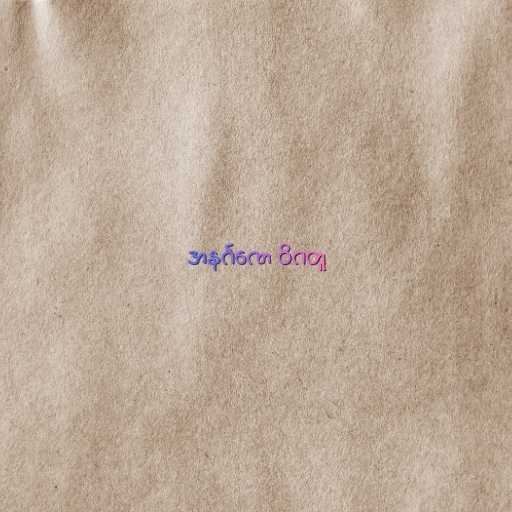
အနင်္ဂဏေ ဝိဂတူ